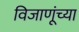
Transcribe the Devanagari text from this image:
विजाणूंच्या